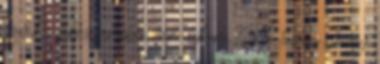
egy kis lakás, amiben nem lakom. Ha tudom, hogy